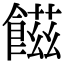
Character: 𩝐